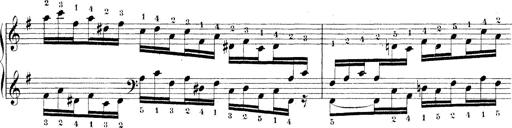
Title: Technische Studien
Composer: Franz Liszt